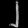
Digit: ၂